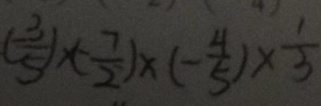
( - \frac { 3 } { 5 } ) \times ( - \frac { 7 } { 2 } ) \times ( - \frac { 4 } { 5 } ) \times \frac { 1 } { 3 }